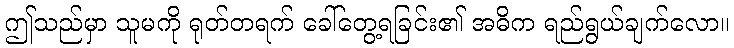
ဤသည်မှာ သူမကို ရုတ်တရက် ခေါ်တွေ့ရခြင်း၏ အဓိက ရည်ရွယ်ချက်လော။